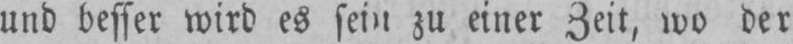
und besser wird es sein zu einer Zeit, wo der